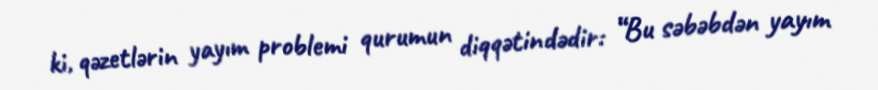
ki, qəzetlərin yayım problemi qurumun diqqətindədir: “Bu səbəbdən yayım